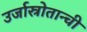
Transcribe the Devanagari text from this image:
उर्जास्रोतान्ची